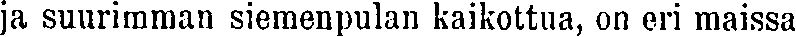
ja suurimman siemenpulan kaikottua, on eri maissa